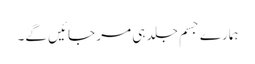
ہمارے جسم جلد ہی مر جائیں گے۔